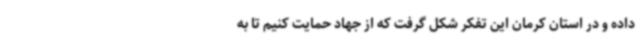
داده و در استان کرمان این تفکر شکل گرفت که از جهاد حمایت کنیم تا به